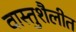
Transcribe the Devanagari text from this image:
वास्तुशैलीत